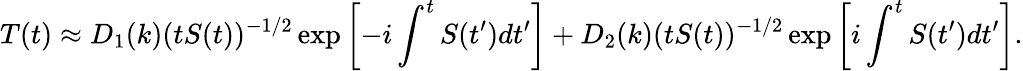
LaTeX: T(t)\approx D_{1}(k)(tS(t))^{-1/2}\exp\left[-i\int^{t}S(t^{\prime})dt^{\prime}\right]+D_{2}(k)(tS(t))^{-1/2}\exp\left[i\int^{t}S(t^{\prime})dt^{\prime}\right].